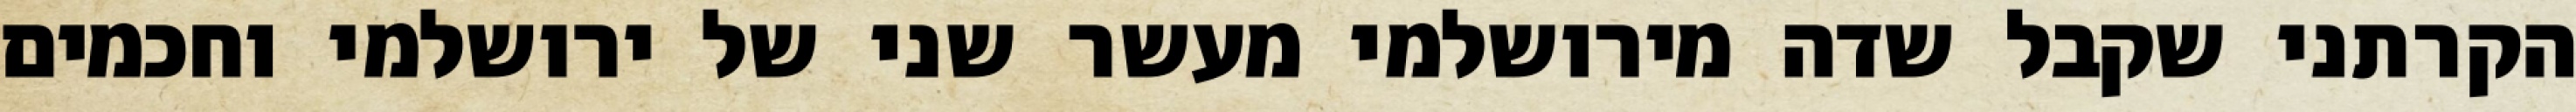
הקרתני שקבל שדה מירושלמי מעשר שני של ירושלמי וחכמים